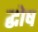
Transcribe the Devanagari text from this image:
द्घोष